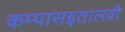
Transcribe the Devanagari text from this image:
कम्पासइतालवी